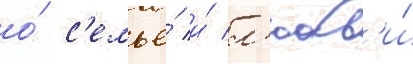
о́ с'емье́ и́ л'юбв'и́